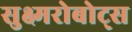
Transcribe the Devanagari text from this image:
सुक्ष्मरोबोट्स